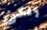
ولكن